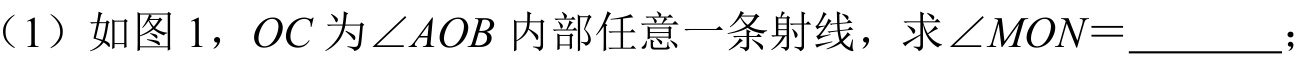
（1）如图 1，\(OC\) 为\(\angle AOB\) 内部任意一条射线，求\(\angle MON = \_\_\_\_\_\)；